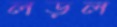
লড়ল